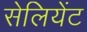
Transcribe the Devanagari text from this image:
सेलियेंट